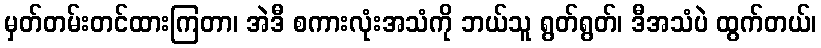
မှတ်တမ်းတင်ထားကြတာ၊ အဲဒီ စကားလုံးအသံကို ဘယ်သူ ရွတ်ရွတ်၊ ဒီအသံပဲ ထွက်တယ်၊